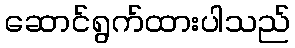
ဆောင်ရွက်ထားပါသည်